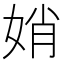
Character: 娋